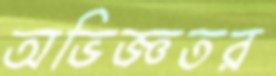
অভিজ্ঞতর